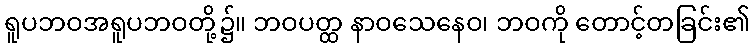
ရူပဘဝအရူပဘဝတို့၌။ ဘဝပတ္ထ နာဝသေနေဝ၊ ဘဝကို တောင့်တခြင်း၏